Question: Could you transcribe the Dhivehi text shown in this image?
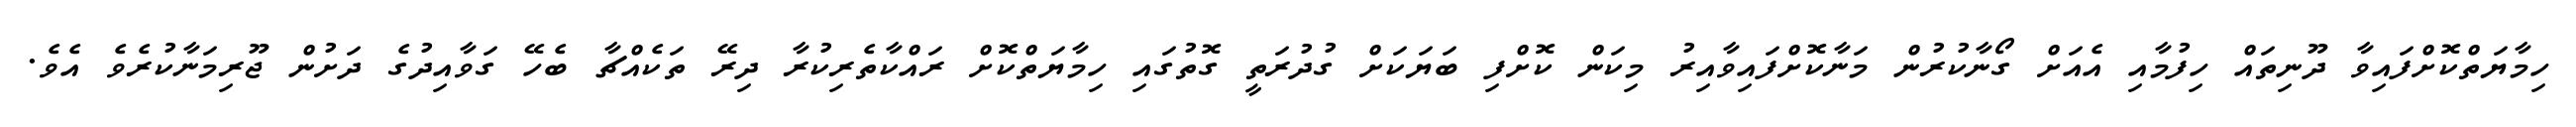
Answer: ހިމާޔަތްކޮށްފައިވާ ދޫނިތައް ހިފުމާއި އެއަށް ގޯނާކުރުން މަނާކޮށްފައިވާއިރު މިކަން ކޮށްފި ބަޔަކަށް ގުދުރަތީ ގޮތުގައި ހިމާޔަތްކޮށް ރައްކާތެރިކުރާ ދިރޭ ތަކެއްޗާ ބެހޭ ގަވާއިދުގެ ދަށުން ޖޫރިމަނާކުރެވެ އެވެ.